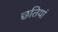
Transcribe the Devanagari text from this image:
छतियां